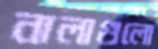
নালাগুলো